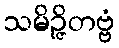
သမိဉ္ဇိတဗ္ဗံ